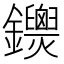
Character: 𨰐